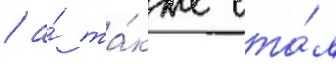
/ а́ та́кже ста́л